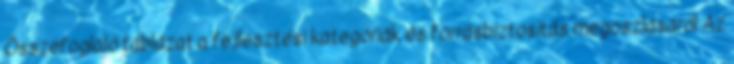
Összefoglaló táblázat a fejlesztési kategóriák és forrásbiztosítás megoszlásáról Az